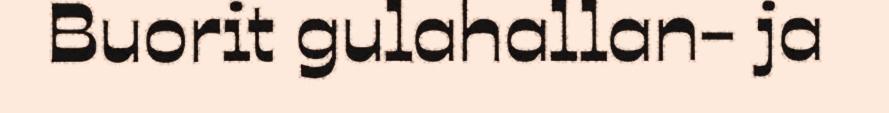
Buorit gulahallan- ja